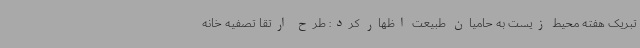
تبریک هفته محیط زیست به حامیان طبیعت اظهار کرد: طرح ارتقا تصفیه خانه